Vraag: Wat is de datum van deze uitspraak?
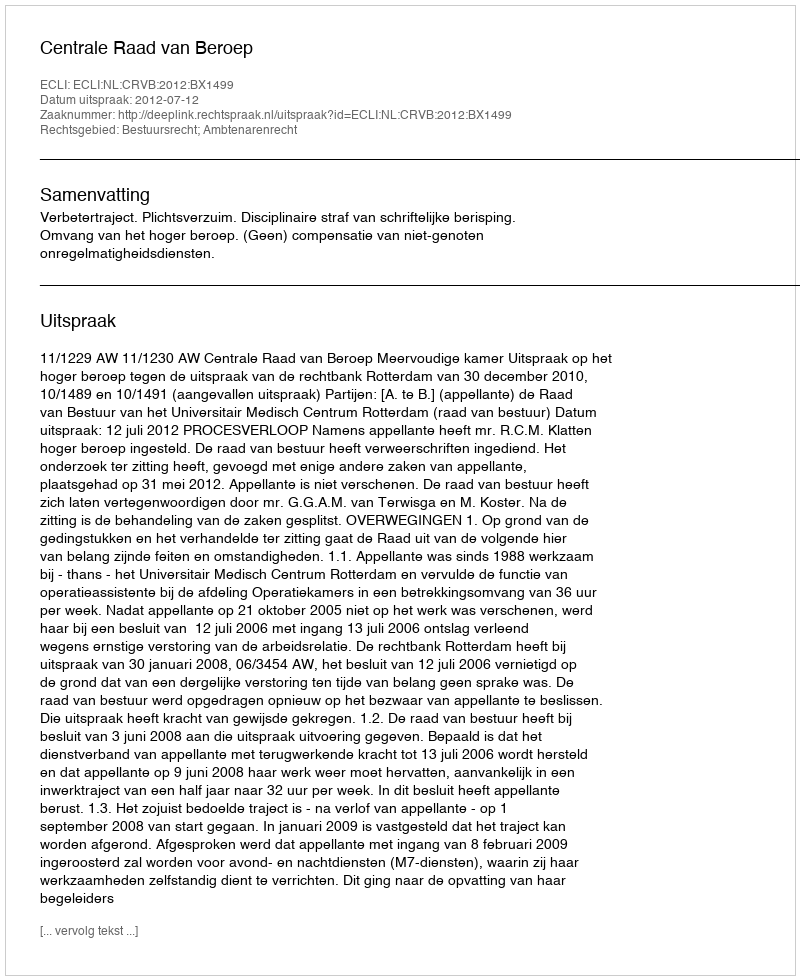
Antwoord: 2012-07-12